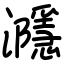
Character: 㶏